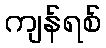
ကျန်ရစ်